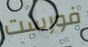
فورست